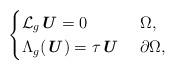
LaTeX: \begin{align*} \begin{cases} \mathcal{L}_g \textbf{\textit{U}} = 0 & \ \Omega, \\ \Lambda_{g} (\textbf{\textit{U}}) = \tau \textbf{\textit{U}} & \ \partial \Omega, \end{cases}\end{align*}